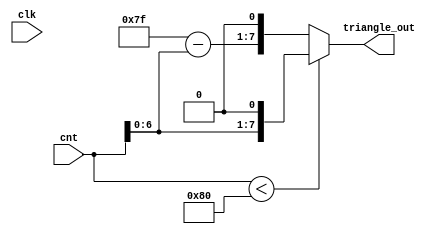
module triangle(
    clk,
    cnt,
    triangle_out
);
input clk;
input [7:0] cnt;
output reg [7:0] triangle_out;

always @(cnt) begin
    if(cnt < 8'd128) triangle_out<=cnt<<1;
    else triangle_out<=8'd255-cnt<<1;
end

endmodule